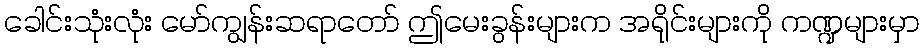
ခေါင်းသုံးလုံး မော်ကျွန်းဆရာတော် ဤမေးခွန်းများက အရိုင်းများကို ကဏ္ဍများမှာ